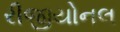
રીજીયોનલ